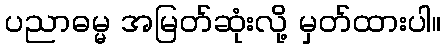
ပညာဓမ္မ အမြတ်ဆုံးလို့ မှတ်ထားပါ။